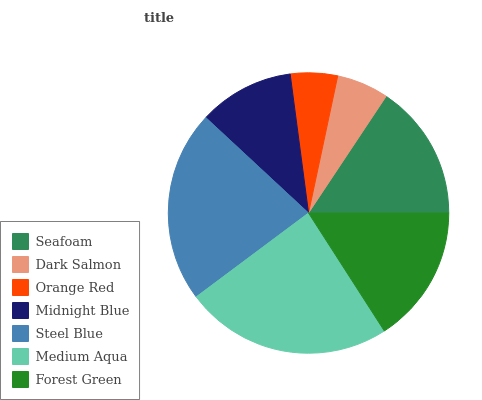
| Seafoam | Dark Salmon | Orange Red | Midnight Blue | Steel Blue | Medium Aqua | Forest Green |
 | --- | --- | --- | --- | --- | --- | --- |
 | 15.7% | 6% | 5.43% | 11% | 22.1% | 23.9% | 15.9% |